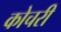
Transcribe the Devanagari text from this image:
कोचरी